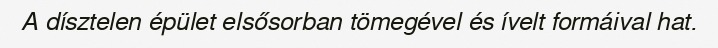
A dísztelen épület elsősorban tömegével és ívelt formáival hat.